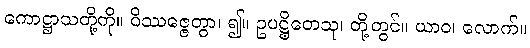
ကောဋ္ဌာသတို့ကို။ ဝိဿဇ္ဇေတွာ၊ ၍။ ဥပဋ္ဌိတေသု၊ တို့တွင်။ ယာဝ၊ လောက်။